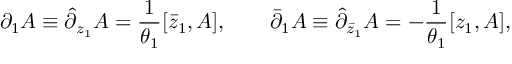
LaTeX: \partial _ { 1 } A \equiv \hat { \partial } _ { z _ { 1 } } A = { \frac { 1 } { \theta _ { 1 } } } [ \bar { z } _ { 1 } , A ] , \qquad \bar { \partial } _ { 1 } A \equiv \hat { \partial } _ { \bar { z } _ { 1 } } A = - { \frac { 1 } { \theta _ { 1 } } } [ z _ { 1 } , A ] ,